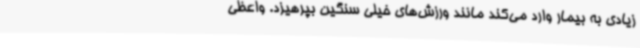
زیادی به بیمار وارد می‌کند مانند ورزش‌های خیلی سنگین بپرهیزد. واعظی